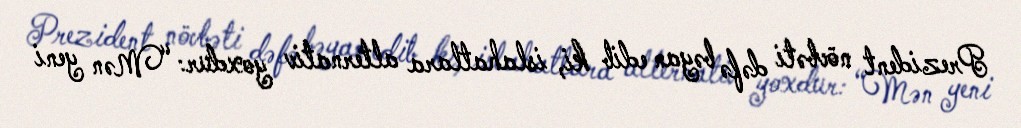
Prezident növbəti dəfə bəyan edib ki, islahatlara alternativ yoxdur: “Mən yeni